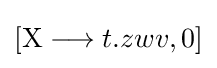
[\mathrm {X} \longrightarrow t.zwv,0]